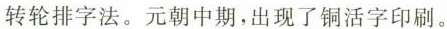
转轮排字法。元朝中期，出现了铜活字印刷。